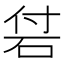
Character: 𥑧